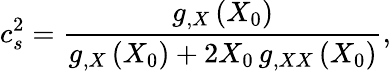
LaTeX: c_{s}^{2}=\frac{g_{,X}\left(X_{0}\right)}{g_{,X}\left(X_{0}\right)+2X_{0}\, g_{,XX}\left(X_{0}\right)},